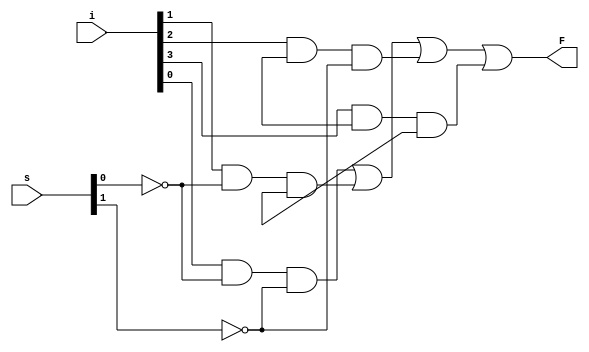
module mux_4x1(
    input[3:0] i,
    input[1:0] s,
    output F
);
    wire s1neg, s0neg, T1, T2, T3, T4;

    not (s0neg, s[0]), (s1neg, s[1]);
    and (T1, i[0], s0neg, s1neg);
    and (T2, i[1], s0neg, s1);
    and (T3, i[2], s0, s1neg);
    and (T4, i[3], s0, s1);
    or(F, T1, T2, T3, T4);
endmodule